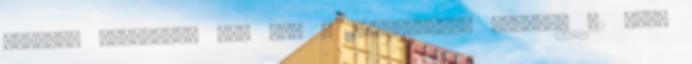
Russell Crowe-nak jól áll a "mosdatlan" imidzs, 52 éves